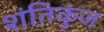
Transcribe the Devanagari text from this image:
शंतिकुंज